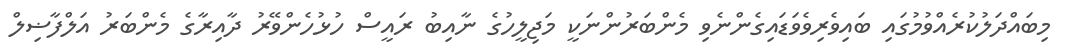
މިބައްދަލުކުރެއްވުމުގައި ބައިވެރިވެވަޑައިގެންނެވި މެންބަރުންނަކީ މަޖިލީހުގެ ނާއިބު ރައީސް ހުޅުހެންވޭރު ދާއިރާގެ މެންބަރު އަލްފާޟިލް